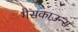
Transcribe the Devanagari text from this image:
गैसकाउन्स